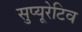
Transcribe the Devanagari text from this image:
सुप्यूरेटिव